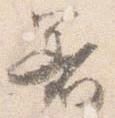
着